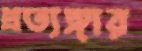
প্রত্যঙ্গার